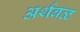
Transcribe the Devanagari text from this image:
अर्थबळ